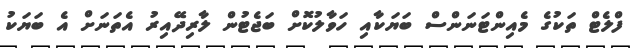
ފްލެޓް ތަކުގެ މެއިންޓަނަންސް ބަޔަކާއި ހަވާލުކޮށް ބަޖެޓުން ލާރިދޭއިރު އެތަނަށް އެ ބަޔަކު